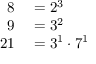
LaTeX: \begin{array} { r l } { 8 } & { { } = 2 ^ { 3 } } \\ { 9 } & { { } = 3 ^ { 2 } } \\ { 2 1 } & { { } = 3 ^ { 1 } \cdot 7 ^ { 1 } } \end{array}